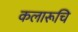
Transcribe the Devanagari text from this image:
कलारूचि